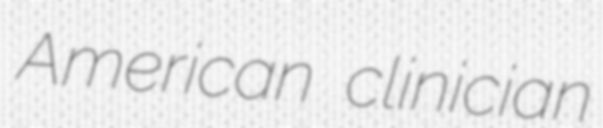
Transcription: American clinician